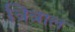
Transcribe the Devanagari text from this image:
त्रित्राल